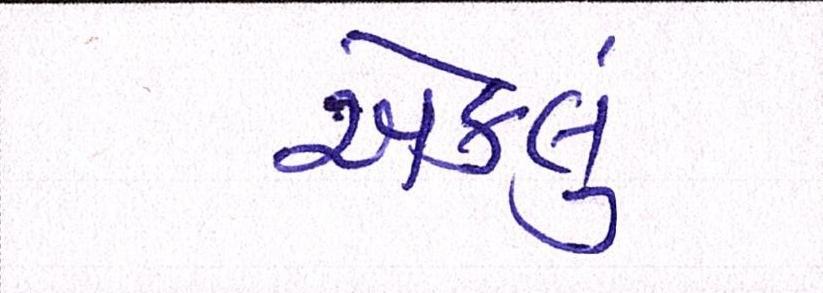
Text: એકલું